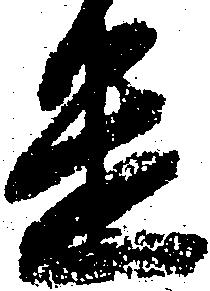
遣